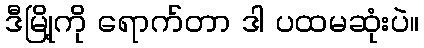
ဒီမြို့ကို ရောက်တာ ဒါ ပထမဆုံးပဲ။